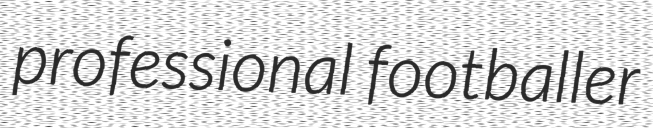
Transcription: professional footballer